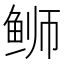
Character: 𫚕